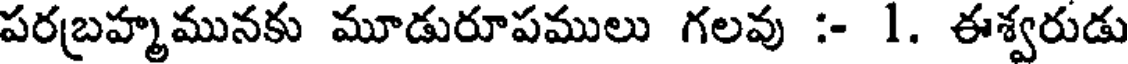
పరబహ్మమునకు మూడురూపములు గలవు :- 1. ఈశ్వరుడు